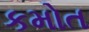
કમોત